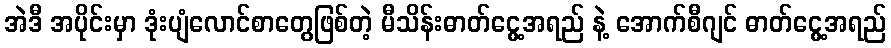
အဲဒီ အပိုင်းမှာ ဒုံးပျံလောင်စာတွေဖြစ်တဲ့ မီသိန်းဓာတ်ငွေ့အရည် နဲ့ အောက်စီဂျင် ဓာတ်ငွေ့အရည်